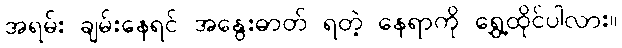
အရမ်း ချမ်းနေရင် အနွေးဓာတ် ရတဲ့ နေရာကို ရွှေ့ထိုင်ပါလား။